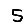
Digit: 5